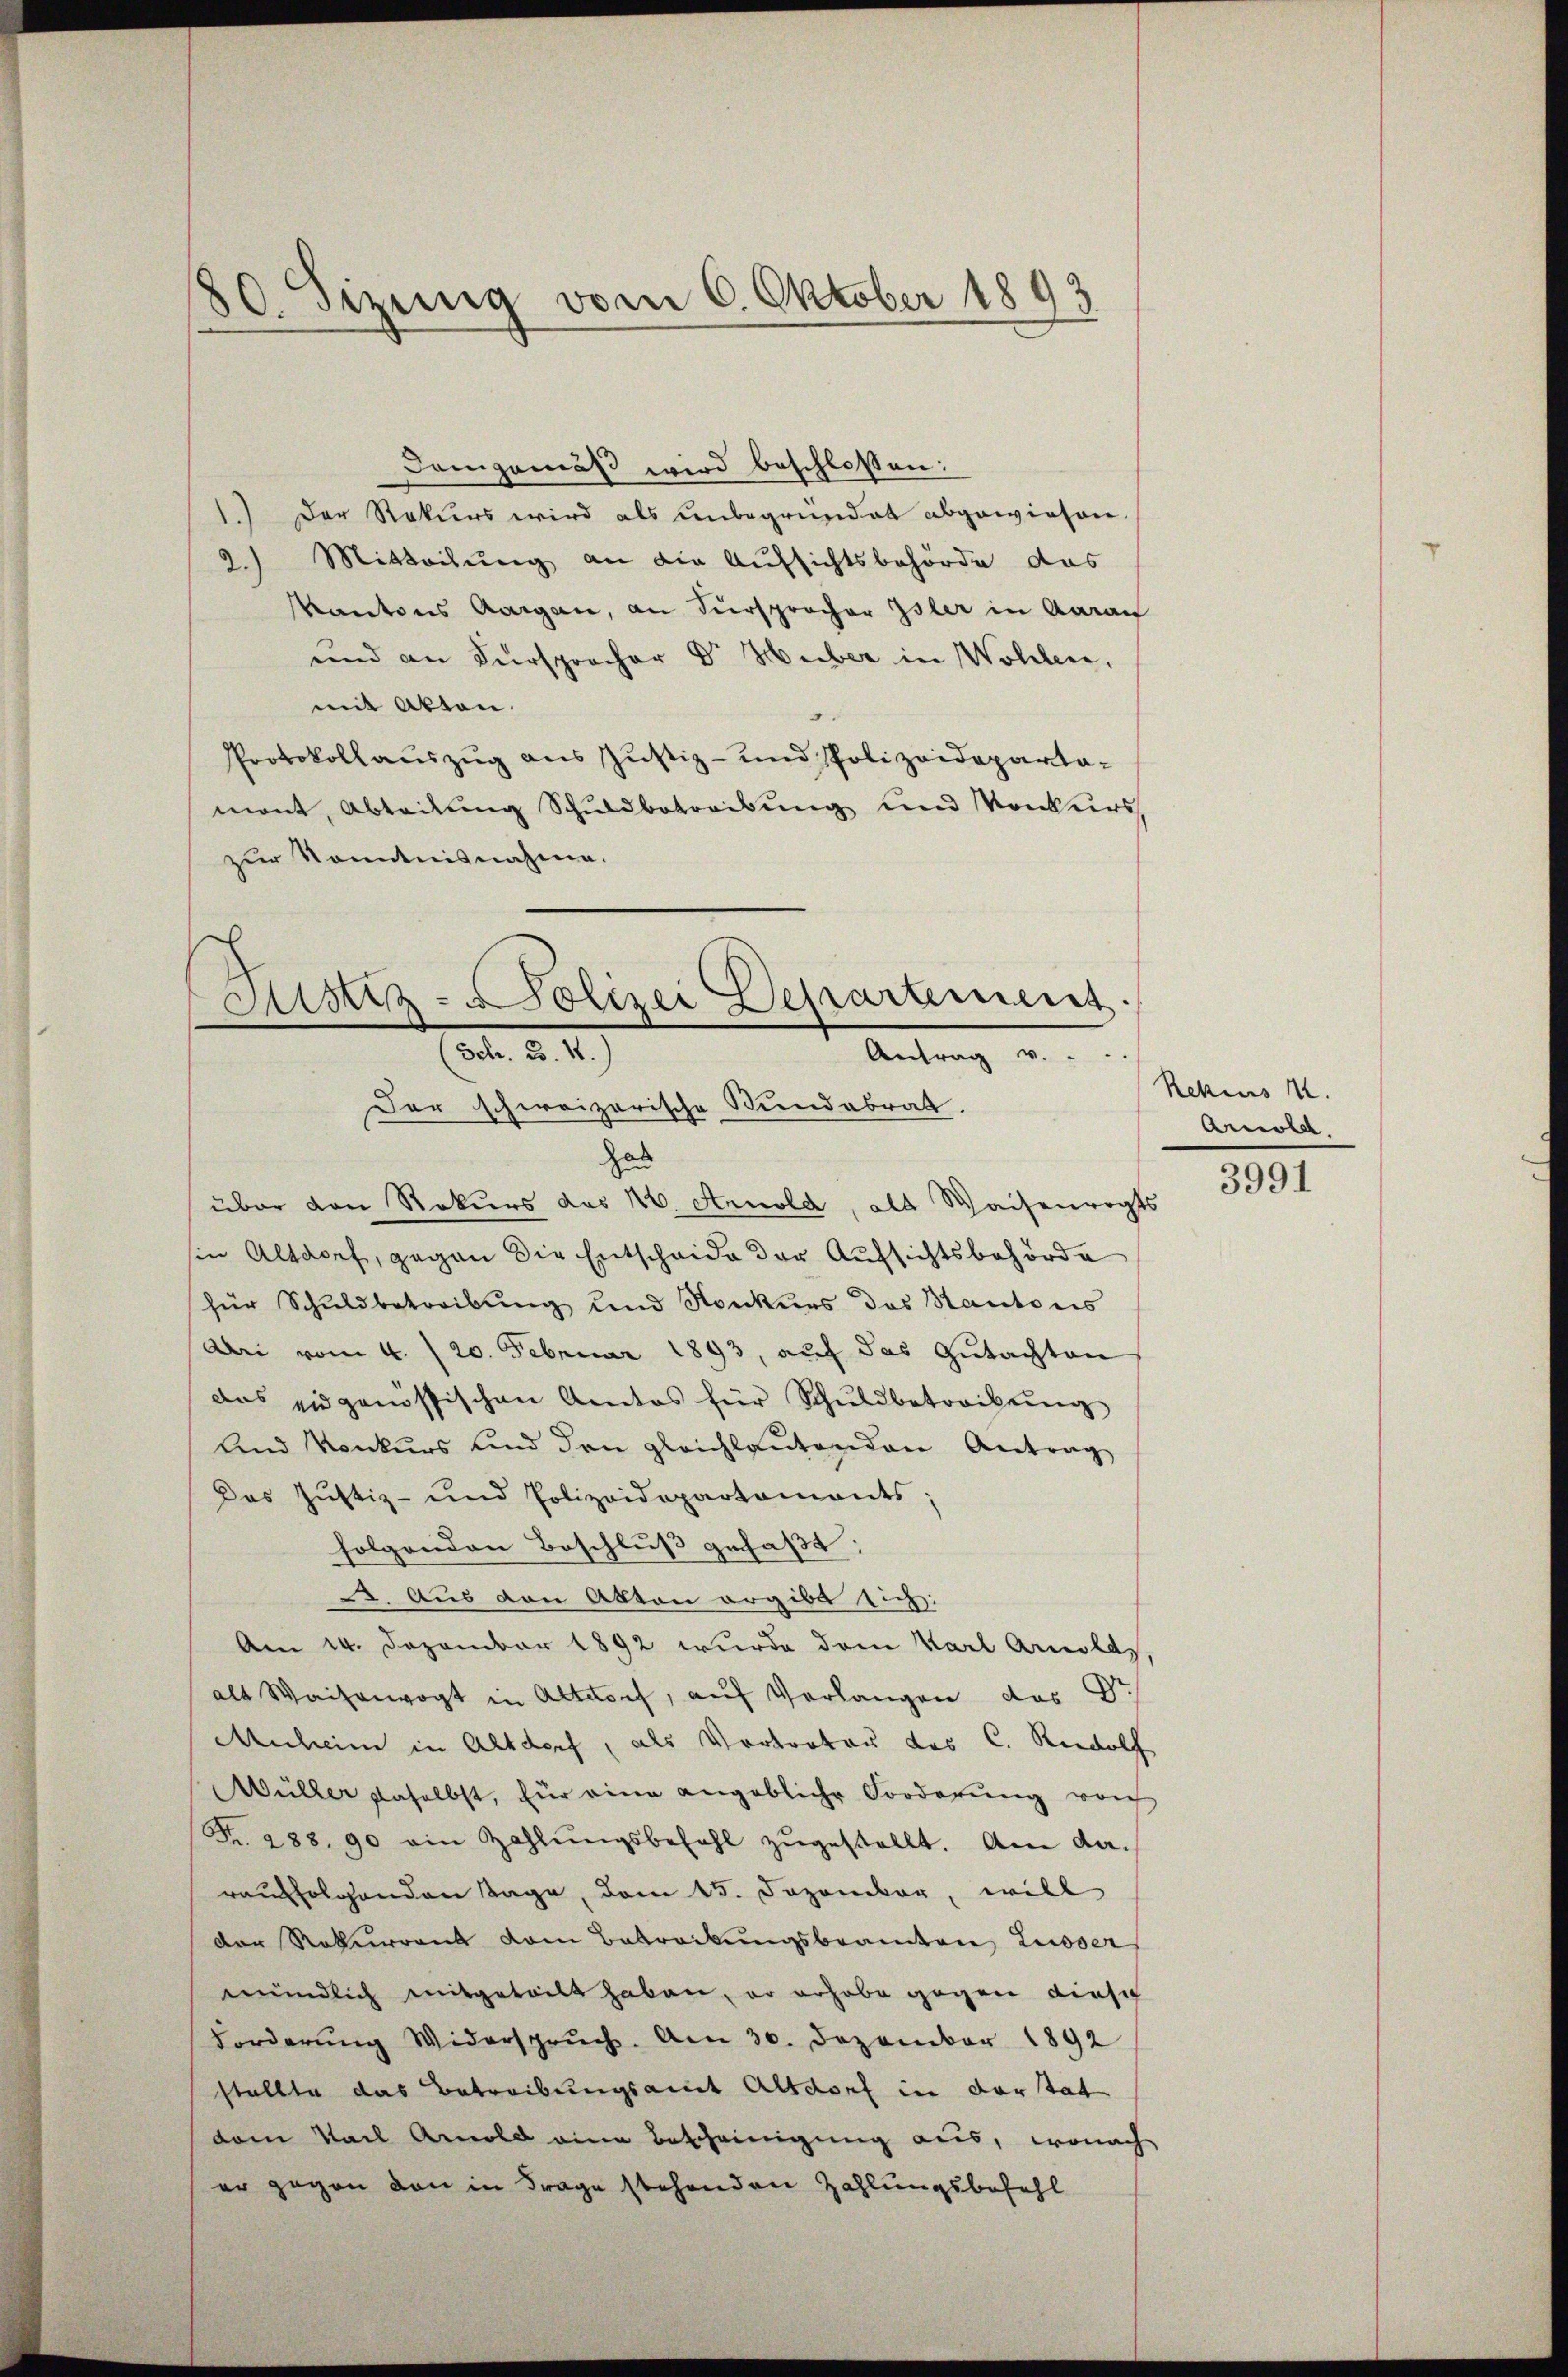
80. Setzung vom 6. Oktober 1893

Sistiz- Polizei Departement.
Sch. 3. 4.)
Antrag v.
Der schweizerische Bundebrat
Has
über den Rekurs das 16. Arnold, als Waisenvogts

sin Altdorf, gegen die Entscheide der Aufsichtsbehörde
für Schuldbetreibung und Konkurs des Kantonis
Uri vom 4. / 20. Februar 1893, auf das Gutachten
das eidgenössischen Amtos für Schŭldbetreibŭng
Und Konkurs und den gleichlautenden Antrag
Das Justiz- und Polizeidepartaments;
folgenden Beschluß gefaßt:
. Aus den Akten ergibt sich:
Am 14. Dezember 1892 wurde dem Karl Arnolas,
als Waisenvogt in Altdorf, auf Verlangen des Dr
Anheim in Altdorf, als Vortrator des C. Rudolf
Müller daselbst, für eine angebliche Forderung von
Fr. 288. 90 ein Zahlŭngsbefehl zŭgestellt. Am da-
rausfolgenden Tage, dem 15. Dezember, will
der Naturanz vom Betrackungsbeamten Lusser
mündlich mitgeteilt haben, er erhabe gegen diese
Forderŭng Widerspruch. Am 30. Dezember 1892
stellte das Betreibungsamt Altdorf in der tat
dem Mail Arnold eine Bescheinigung aus, wonach
er gegen von in Frage stehenden Zahlungsbefehl

Demgemäß wird beschlossen:
1.) Der Rekurs wird als unbegründet abgewiesen.
2.) Mitteilung an die Aufsichtsbehörde das
Kantons Aargau, an Fürsprocher Isler in Aarau
und an Fürsprocher Dr. Huber in Wollen,
mit Akten.
Protokollauszug aus Justiz- und Polizeidepartamont, Abteilŭng Schŭldbetreibŭng und Konkurs
zur Kenntnisnahme.

Rekius I.
Arnold.

3991